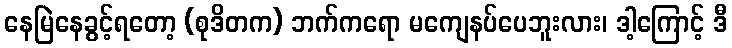
နေမြဲနေခွင့်ရတော့ (စုဒိတက) ဘက်ကရော မကျေနပ်ပေဘူးလား၊ ဒါ့ကြောင့် ဒီ